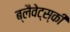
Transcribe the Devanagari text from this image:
ब्लैवेट्स्की